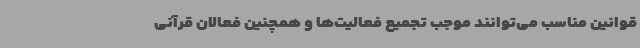
قوانین مناسب می‌توانند موجب تجمیع فعالیت‌ها و همچنین فعالان قرآنی